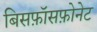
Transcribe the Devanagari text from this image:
बिसफ़ॉसफ़ोनेट